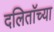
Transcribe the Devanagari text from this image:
दलिताॅच्या